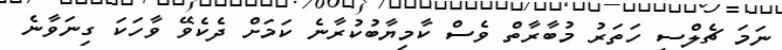
ނަމަ ޗެލްސީ ހަތަރު މުބާރާތް ވެސް ކާމިޔާބުކުރާނެ ކަމަށް ދެކެވޭ ވާހަކަ ގިނަވާނެ